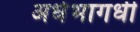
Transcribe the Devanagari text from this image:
अर्धभागधी